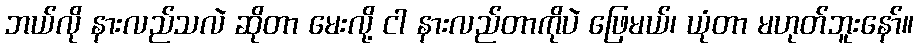
ဘယ်လို နားလည်သလဲ ဆိုတာ မေးလို့ ငါ နားလည်တာကိုပဲ ဖြေမယ်၊ ယုံတာ မဟုတ်ဘူးနော်။